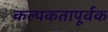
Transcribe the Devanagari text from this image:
कल्पकतापूर्वक